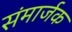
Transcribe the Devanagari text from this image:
संमार्जक